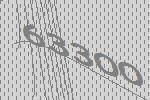
63300